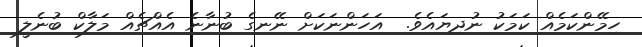
ހިމޭންކަމެއް ކަމަކު ނުދިޔައެވެ.  އަހަންނަކަށް ނޭނގެ ބުނާނެ އެއްޗެއް މަލާކް ބުނެލީ